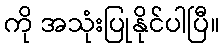
ကို အသုံးပြုနိုင်ပါပြီ။